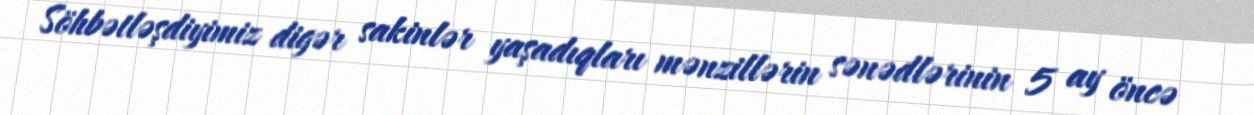
Söhbətləşdiyimiz digər sakinlər yaşadıqları mənzillərin sənədlərinin 5 ay öncə